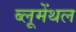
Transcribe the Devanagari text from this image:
ब्लूमेंथल